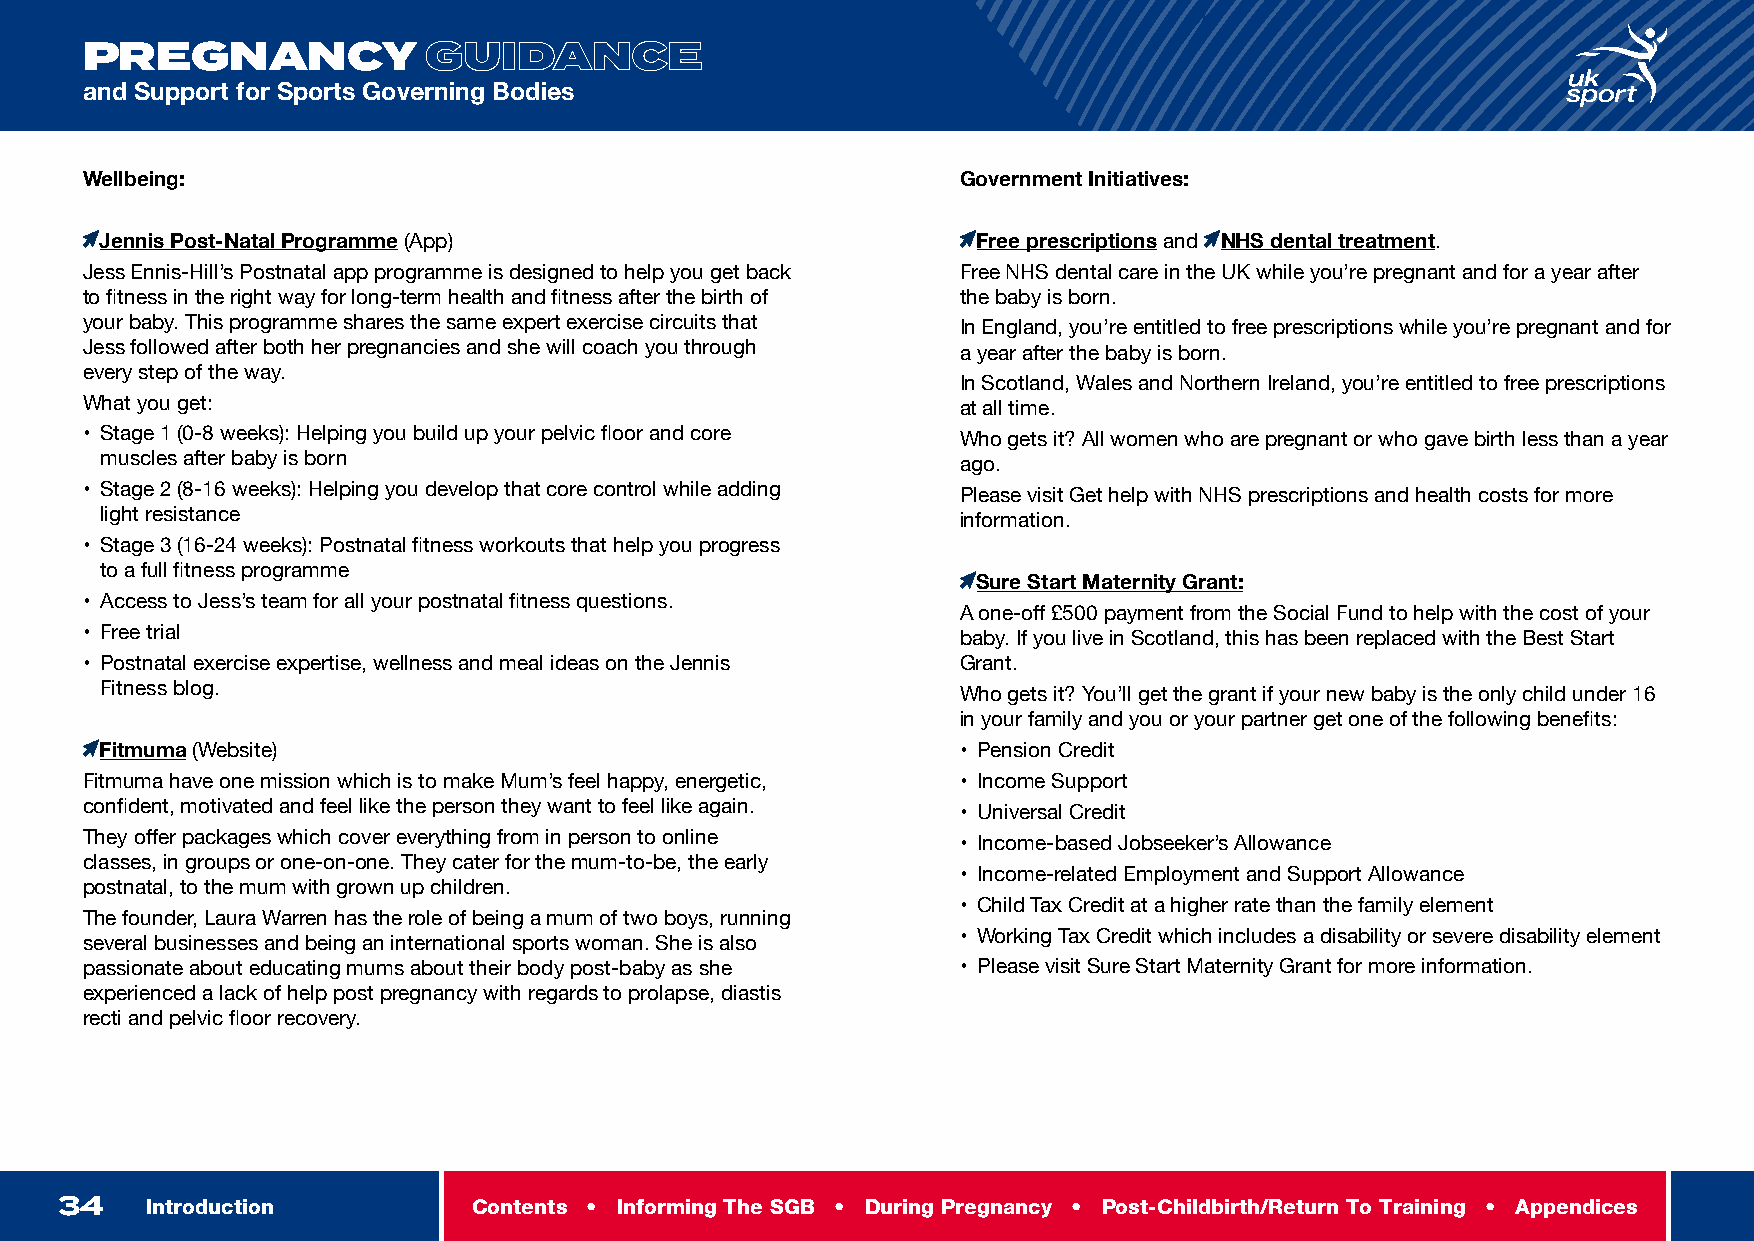
INTRODUCTION
 PREGNANCY              GUIDANCE
 and Support for Sports Governing Bodies
 Wellbeing:                                                 Government Initiatives:
 Jennis Post-Natal Programme (App)                         Free prescriptions and NHS dental treatment.
 Jess Ennis-Hill’s Postnatal app programme is designed to help you get back Free NHS dental care in the UK while you’re pregnant and for a year after
 to fitness in the right way for long-term health and fitness after the birth of the baby is born.
 your baby. This programme shares the same expert exercise circuits that In England, you’re entitled to free prescriptions while you’re pregnant and for
 Jess followed after both her pregnancies and she will coach you through a year after the baby is born.
 every step of the way.
 In Scotland, Wales and Northern Ireland, you’re entitled to free prescriptions
 What you get:                                              at all time.
 • Stage 1 (0-8 weeks): Helping you build up your pelvic floor and core Who gets it? All women who are pregnant or who gave birth less than a year
 muscles after baby is born                               ago.
 • Stage 2 (8-16 weeks): Helping you develop that core control while adding Please visit Get help with NHS prescriptions and health costs for more
 light resistance                                         information.
 • Stage 3 (16-24 weeks): Postnatal fitness workouts that help you progress
 to a full fitness programme
 Sure Start Maternity Grant:
 • Access to Jess’s team for all your postnatal fitness questions.
 A one-off £500 payment from the Social Fund to help with the cost of your
 • Free trial                                               baby. If you live in Scotland, this has been replaced with the Best Start
 • Postnatal exercise expertise, wellness and meal ideas on the Jennis Grant.
 Fitness blog.                                            Who gets it? You’ll get the grant if your new baby is the only child under 16
 in your family and you or your partner get one of the following benefits:
 Fitmuma (Website)                                        • Pension Credit
 Fitmuma have one mission which is to make Mum’s feel happy, energetic, • Income Support
 confident, motivated and feel like the person they want to feel like again. • Universal Credit
 They offer packages which cover everything from in person to online • Income-based Jobseeker’s Allowance
 classes, in groups or one-on-one. They cater for the mum-to-be, the early
 • Income-related Employment and Support Allowance
 postnatal, to the mum with grown up children.
 • Child Tax Credit at a higher rate than the family element
 The founder, Laura Warren has the role of being a mum of two boys, running
 • Working Tax Credit which includes a disability or severe disability element
 several businesses and being an international sports woman. She is also
 passionate about educating mums about their body post-baby as she • Please visit Sure Start Maternity Grant for more information.
 experienced a lack of help post pregnancy with regards to prolapse, diastis
 recti and pelvic floor recovery.
 34    Introduction         Contents • Informing The SGB • During Pregnancy • Post-Childbirth/Return To Training • Appendices